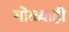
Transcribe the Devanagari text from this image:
गोळ्याही